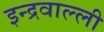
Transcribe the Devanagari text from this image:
इन्द्रवाल्ली